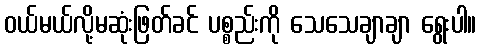
ဝယ်မယ်လို့မဆုံးဖြတ်ခင် ပစ္စည်းကို သေသေချာချာ ရွေးပါ။